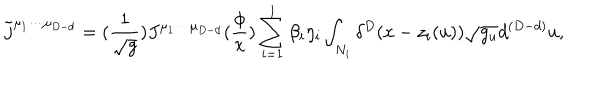
\tilde { j } ^ { \mu _ { 1 } \cdots \mu _ { D - d } } = ( \frac 1 { \sqrt { g } } ) J ^ { \mu _ { 1 } \cdots \mu _ { D - d } } ( \frac \phi x ) \sum _ { i = 1 } ^ { l } \beta _ { i } \eta _ { i } \int _ { N _ { i } } \delta ^ { D } ( x - z _ { i } ( u ) ) \sqrt { g _ { u } } d ^ { ( D - d ) } u ,